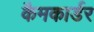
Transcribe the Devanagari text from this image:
कैमकार्डर